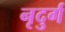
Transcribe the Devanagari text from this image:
नृदुर्ग